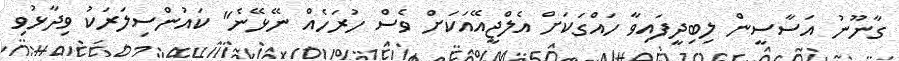
ގާނޫނު އަސާސީން ލިބިދީފައިވާ ހައްގަކަށް އެލްޖީއޭއަކަށް ވެސް ހުރަހެއް ނޭޅޭނެ" ކައުންސިލަރަކު ވިދާޅުވި